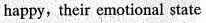
happy, their emotional state